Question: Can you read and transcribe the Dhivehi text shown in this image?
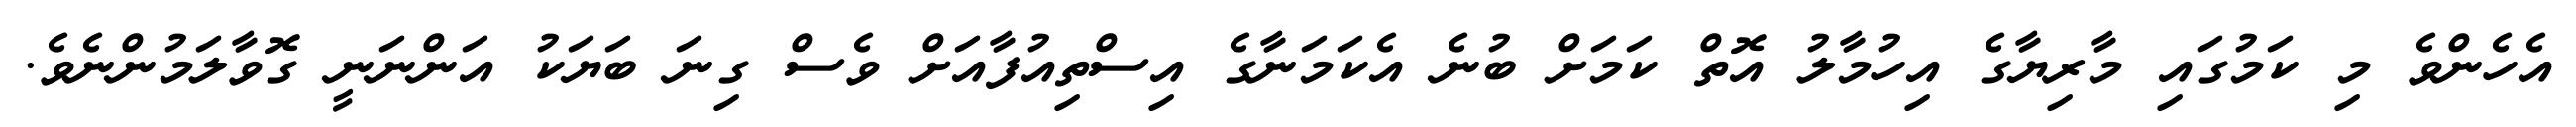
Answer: އެހެންވެ މި ކަމުގައި މާރިޔާގެ އިހުމާލު އޮތް ކަމަށް ބުނެ އެކަމަނާގެ އިސްތިއުފާއަށް ވެސް ގިނަ ބަޔަކު އަންނަނީ ގޮވާލަމުންނެވެ.